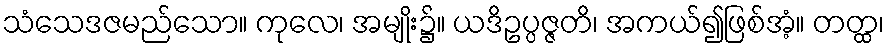
သံသေဒဇမည်သော။ ကုလေ၊ အမျိုး၌။ ယဒိဥပ္ပဇ္ဇတိ၊ အကယ်၍ဖြစ်အံ့။ တတ္ထ၊